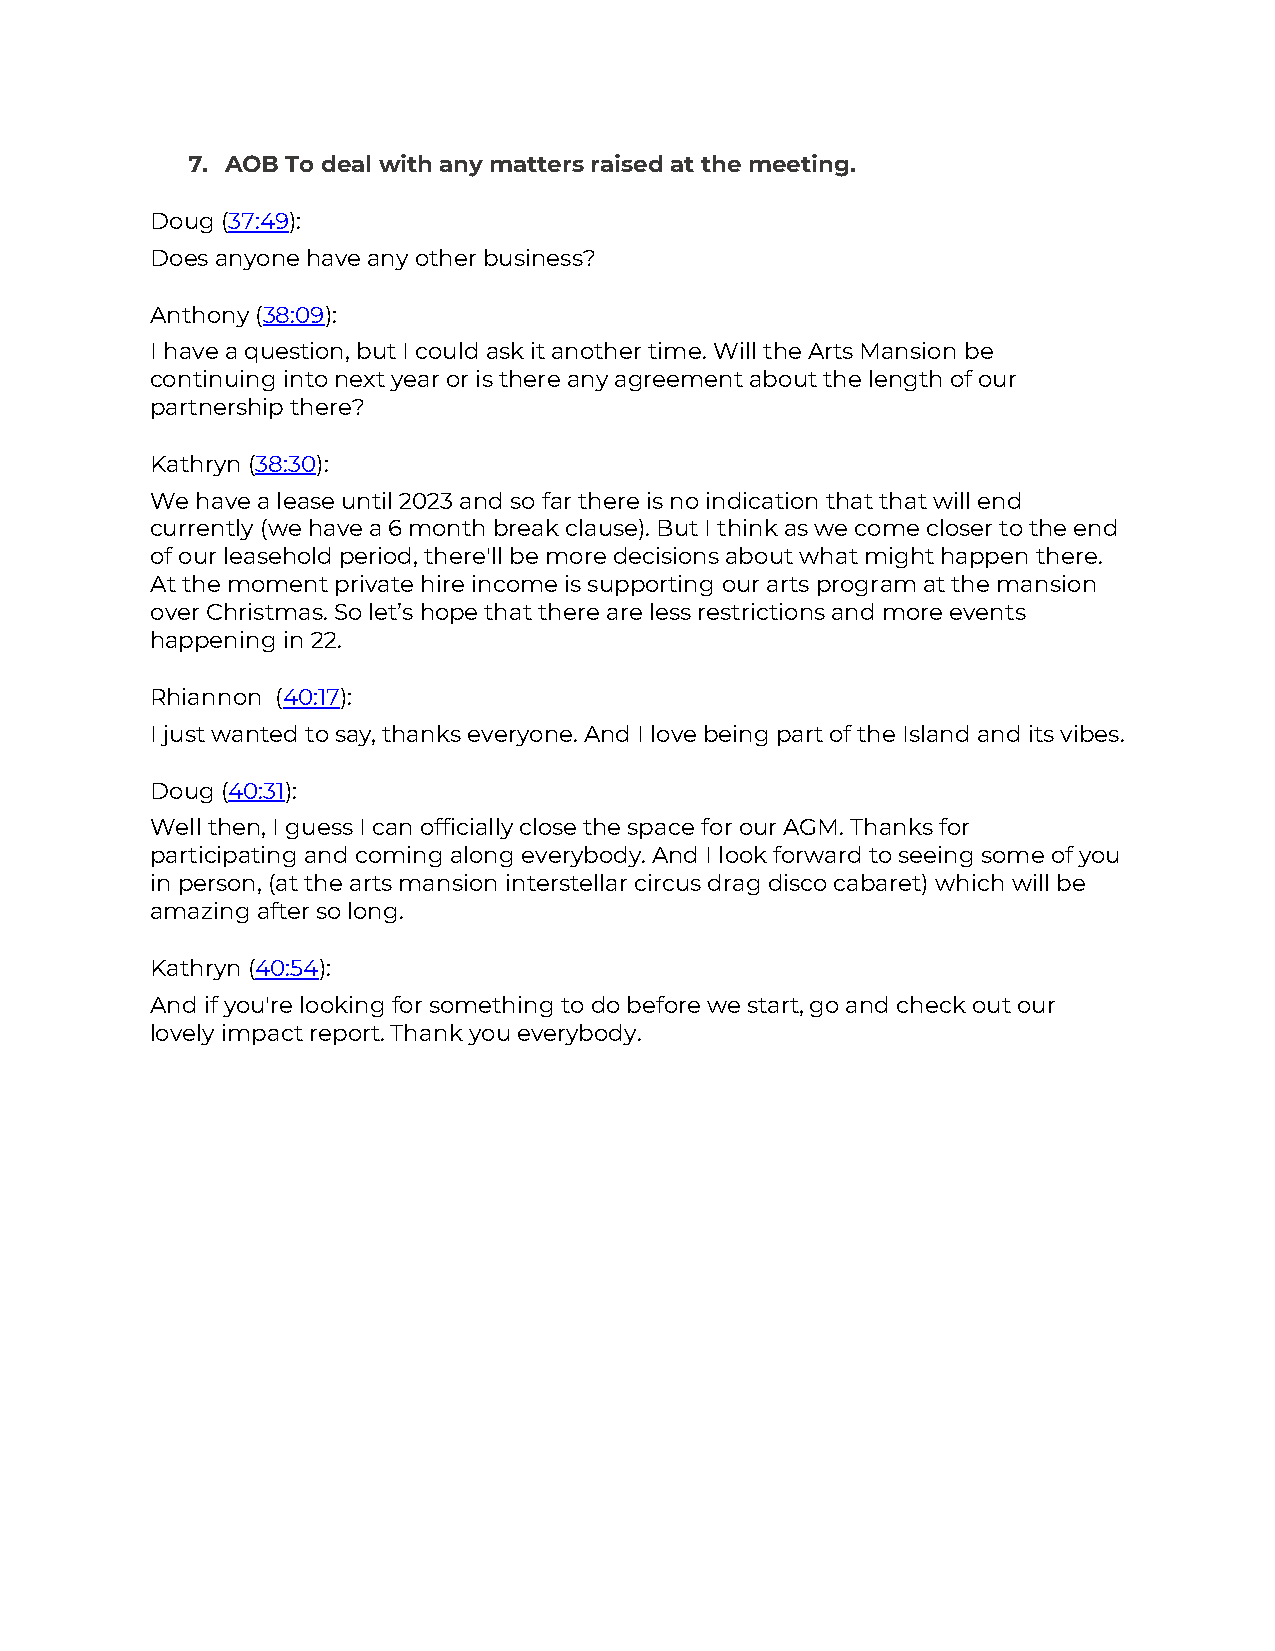
7. AOB To deal with any matters raised at the meeting.
 Doug (37:49):
 Does anyone have any other business?
 Anthony (38:09):
 I have a question, but I could ask it another time. Will the Arts Mansion be
 continuing into next year or is there any agreement about the length of our
 partnership there?
 Kathryn (38:30):
 We have a lease until 2023 and so far there is no indication that that will end
 currently (we have a 6 month break clause). But I think as we come closer to the end
 of our leasehold period, there'll be more decisions about what might happen there.
 At the moment private hire income is supporting our arts program at the mansion
 over Christmas. So let’s hope that there are less restrictions and more events
 happening in 22.
 Rhiannon (40:17):
 I just wanted to say, thanks everyone. And I love being part of the Island and its vibes.
 Doug (40:31):
 Well then, I guess I can officially close the space for our AGM. Thanks for
 participating and coming along everybody. And I look forward to seeing some of you
 in person, (at the arts mansion interstellar circus drag disco cabaret) which will be
 amazing after so long.
 Kathryn (40:54):
 And if you're looking for something to do before we start, go and check out our
 lovely impact report. Thank you everybody.